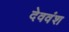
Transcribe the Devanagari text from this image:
देववंश